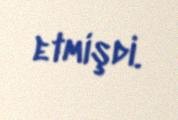
etmişdi.